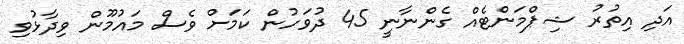
އަދި އިތުރު ޝިޕްމަންޓެއް ގެންނާނީ 45 ދުވަހުން ކަމަށް ވެސް މައުމޫން ވިދާޅުވި